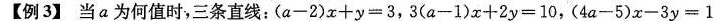
【例3】当a为何值时，三条直线：$$( a - 2 ) x + y = 3$$，$$3 ( a - 1 ) x + 2 y = 1 0$$，$$( 4 a - 5 ) x - 3 y = 1$$